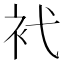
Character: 䘝